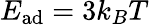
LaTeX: E_{\mathrm{ad}}=3k_{B}T